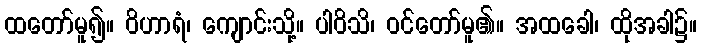
ထတော်မူ၍။ ဝိဟာရံ၊ ကျောင်းသို့။ ပါဝိသိ၊ ဝင်တော်မူ၏။ အထခေါ၊ ထိုအခါ၌။